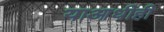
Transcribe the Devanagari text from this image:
याआधीही